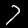
Digit: 7